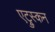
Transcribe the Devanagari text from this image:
एट्रुस्कन